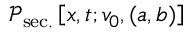
\mathcal { P } _ { \mathrm { s e c . } } \left[ x , t ; v _ { 0 } , ( a , b ) \right]